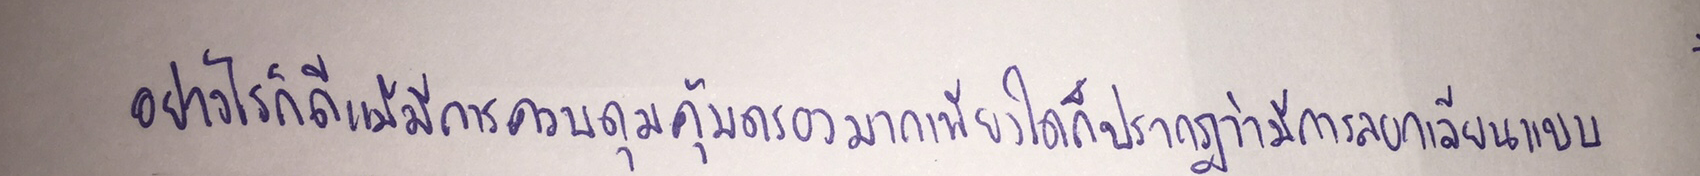
อย่างไรก็ดีแม้มีการควบคุมคุ้มครองมากเพียงใดก็ปรากฏว่ามีการลอกเลียนแบบ